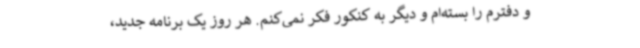
و دفترم را بسته‌ام و دیگر به کنکور فکر نمی‌کنم. هر روز یک برنامه جدید،